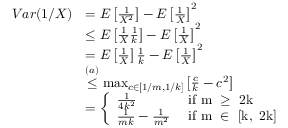
\begin{array} { r l } { V a r ( 1 / X ) } & { = E \left[ \frac { 1 } { X ^ { 2 } } \right] - E \left[ \frac { 1 } { X } \right] ^ { 2 } } \\ & { \leq E \left[ \frac { 1 } { X } \frac { 1 } { k } \right] - E \left[ \frac { 1 } { X } \right] ^ { 2 } } \\ & { = E \left[ \frac { 1 } { X } \right] \frac { 1 } { k } - E \left[ \frac { 1 } { X } \right] ^ { 2 } } \\ & { \overset { ( a ) } { \leq } \operatorname* { m a x } _ { c \in [ 1 / m , 1 / k ] } \left[ \frac { c } { k } - c ^ { 2 } \right] } \\ & { = \left\{ \begin{array} { l l } { \frac { 1 } { 4 k ^ { 2 } } } & { \mathrm { ~ i f ~ m ~ \geq ~ 2 k ~ } } \\ { \frac { 1 } { m k } - \frac { 1 } { m ^ { 2 } } } & { \mathrm { ~ i f ~ m ~ \in ~ [ k , ~ 2 k ] ~ } } \end{array} \right. } \end{array}